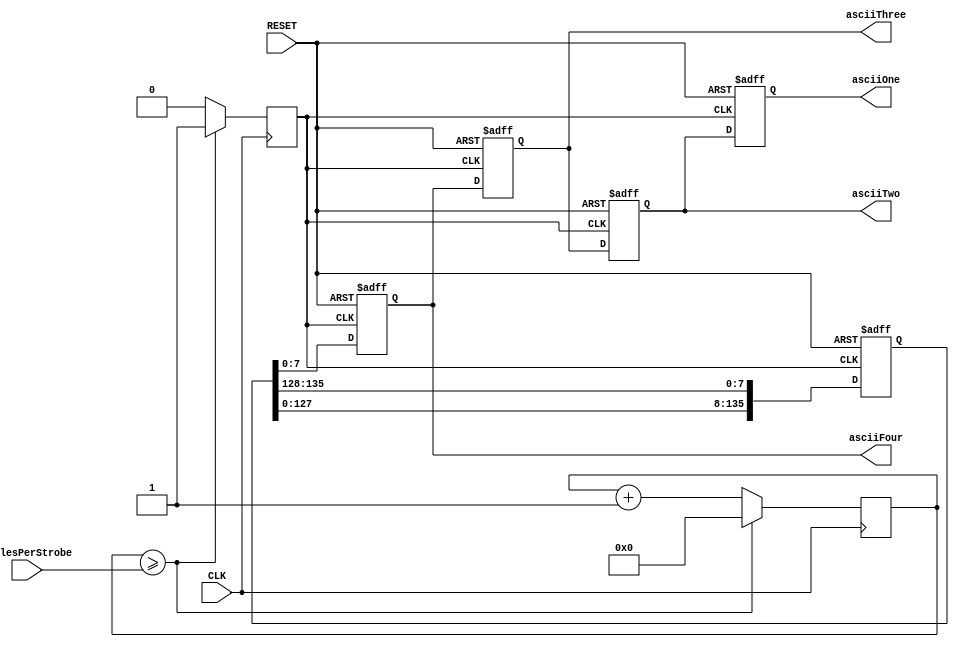
`timescale 1ns / 1ps
//////////////////////////////////////////////////////////////////////////////////
// Company: None
// 
// Design Name: 
// Module Name:		digit_scroll 
// Project Name:		basys-2_7_segment
// Target Devices: 	basys2 Spartan-3E 100k
// Tool versions: 
// Description: 
//
// Dependencies: 
//
// Revision: 
// Revision 0.01 - File Created
// Additional Comments: 
//
//////////////////////////////////////////////////////////////////////////////////
module digit_scroll(
	input CLK,
	input [31:0] cyclesPerStrobe,
	input RESET,
	
	output reg [7:0] asciiOne,
	output reg [7:0] asciiTwo,
	output reg [7:0] asciiThree,
	output reg [7:0] asciiFour
);

localparam STRING_TO_DISPLAY = "0123456789ABCDEF ";
localparam STRING_LENGTH = 17;

reg [(8*STRING_LENGTH)-1:0] stringvar;

reg [31:0] ticker;
reg tickerClock;

always @ (posedge CLK)
begin
    if(ticker >= cyclesPerStrobe) //reset after 1 second
        begin
            ticker <= 0;
            tickerClock <= 1;
        end
        else
        begin
            ticker <= ticker + 1;
            tickerClock <= 0;	
        end
end

always @ (posedge tickerClock or posedge RESET)
begin
	if(RESET)
	begin
		stringvar  <= STRING_TO_DISPLAY;
	   asciiOne   <= 8'b11111111;
		asciiTwo   <= 8'b11111111;
		asciiThree <= 8'b11111111;
		asciiFour  <= 8'b11111111;
	end
	else
	begin
		asciiOne   <= asciiTwo;
		asciiTwo   <= asciiThree;
		asciiThree <= asciiFour;
		asciiFour  <= stringvar[7:0]; 
		
		stringvar <= stringvar << 8;
		stringvar[7:0] <= stringvar[(8*STRING_LENGTH)-1:(8*STRING_LENGTH)-8];
	end
end

endmodule